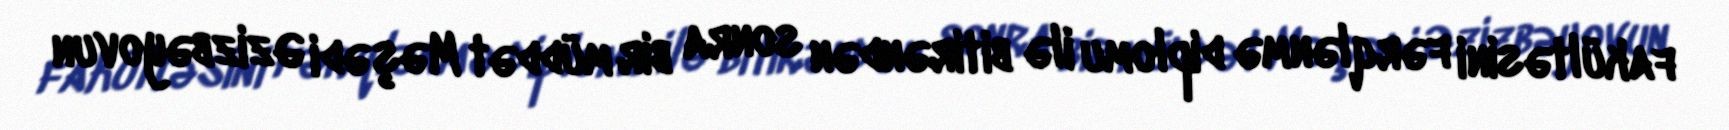
fakültəsini fərqlənmə diplomu ilə bitirəndən sonra bir müddət Məşədi Əzizbəyovun